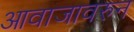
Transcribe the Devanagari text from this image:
आवाजावरुन